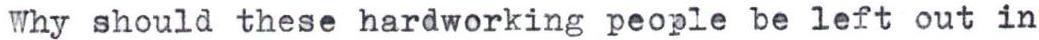
Why should these hardworking people be left out in